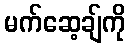
မက်ဆေ့ချ်ကို